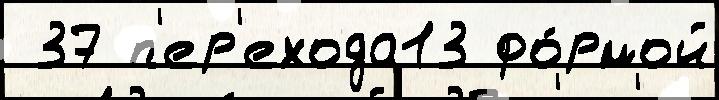
 37 п'ер'ехода13 фо́рмой